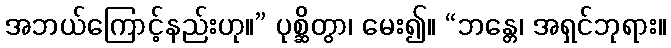
အဘယ်ကြောင့်နည်းဟု။” ပုစ္ဆိတွာ၊ မေး၍။ “ဘန္တေ၊ အရှင်ဘုရား။